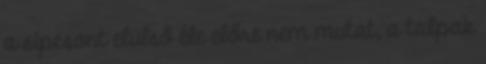
a sípcsont elülső éle előre nem mutat, a talpak